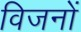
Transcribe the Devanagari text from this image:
विजनों